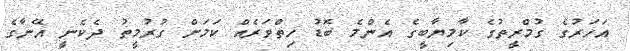
އަހަރުގެ ގުމްރީތުގެ ކާމިޔާބީގެ އެންމެ ބޮޑު ހިތްވަރެއް ކަމަށް ގުރުމީތު ދެކެނީ އޭނާގެ